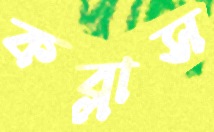
কব্‌লাস